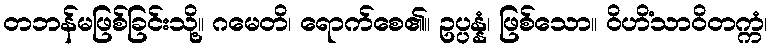
တဘန်မဖြစ်ခြင်းသို့။ ဂမေတိ၊ ရောက်စေ၏။ ဥပ္ပန္နံ၊ ဖြစ်သော။ ဝိဟိံသာဝိတက္ကံ၊